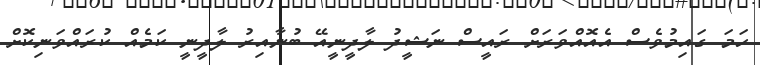
ހަމަ ގައިމުވެސް އެއޮއްވަރަށް ރައީސް ނަޝީދު ލާދީނީއޭ ބުނާއިރު ލާދީނީ ކަމެއް ކުރައްވަނިކޮށް